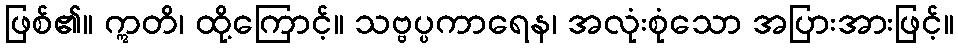
ဖြစ်၏။ ဣတိ၊ ထို့ကြောင့်။ သဗ္ဗပ္ပကာရေန၊ အလုံးစုံသော အပြားအားဖြင့်။